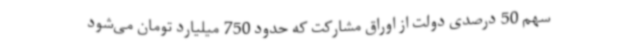
سهم 50 درصدی دولت از اوراق مشارکت که حدود 750 میلیارد تومان می‌شود